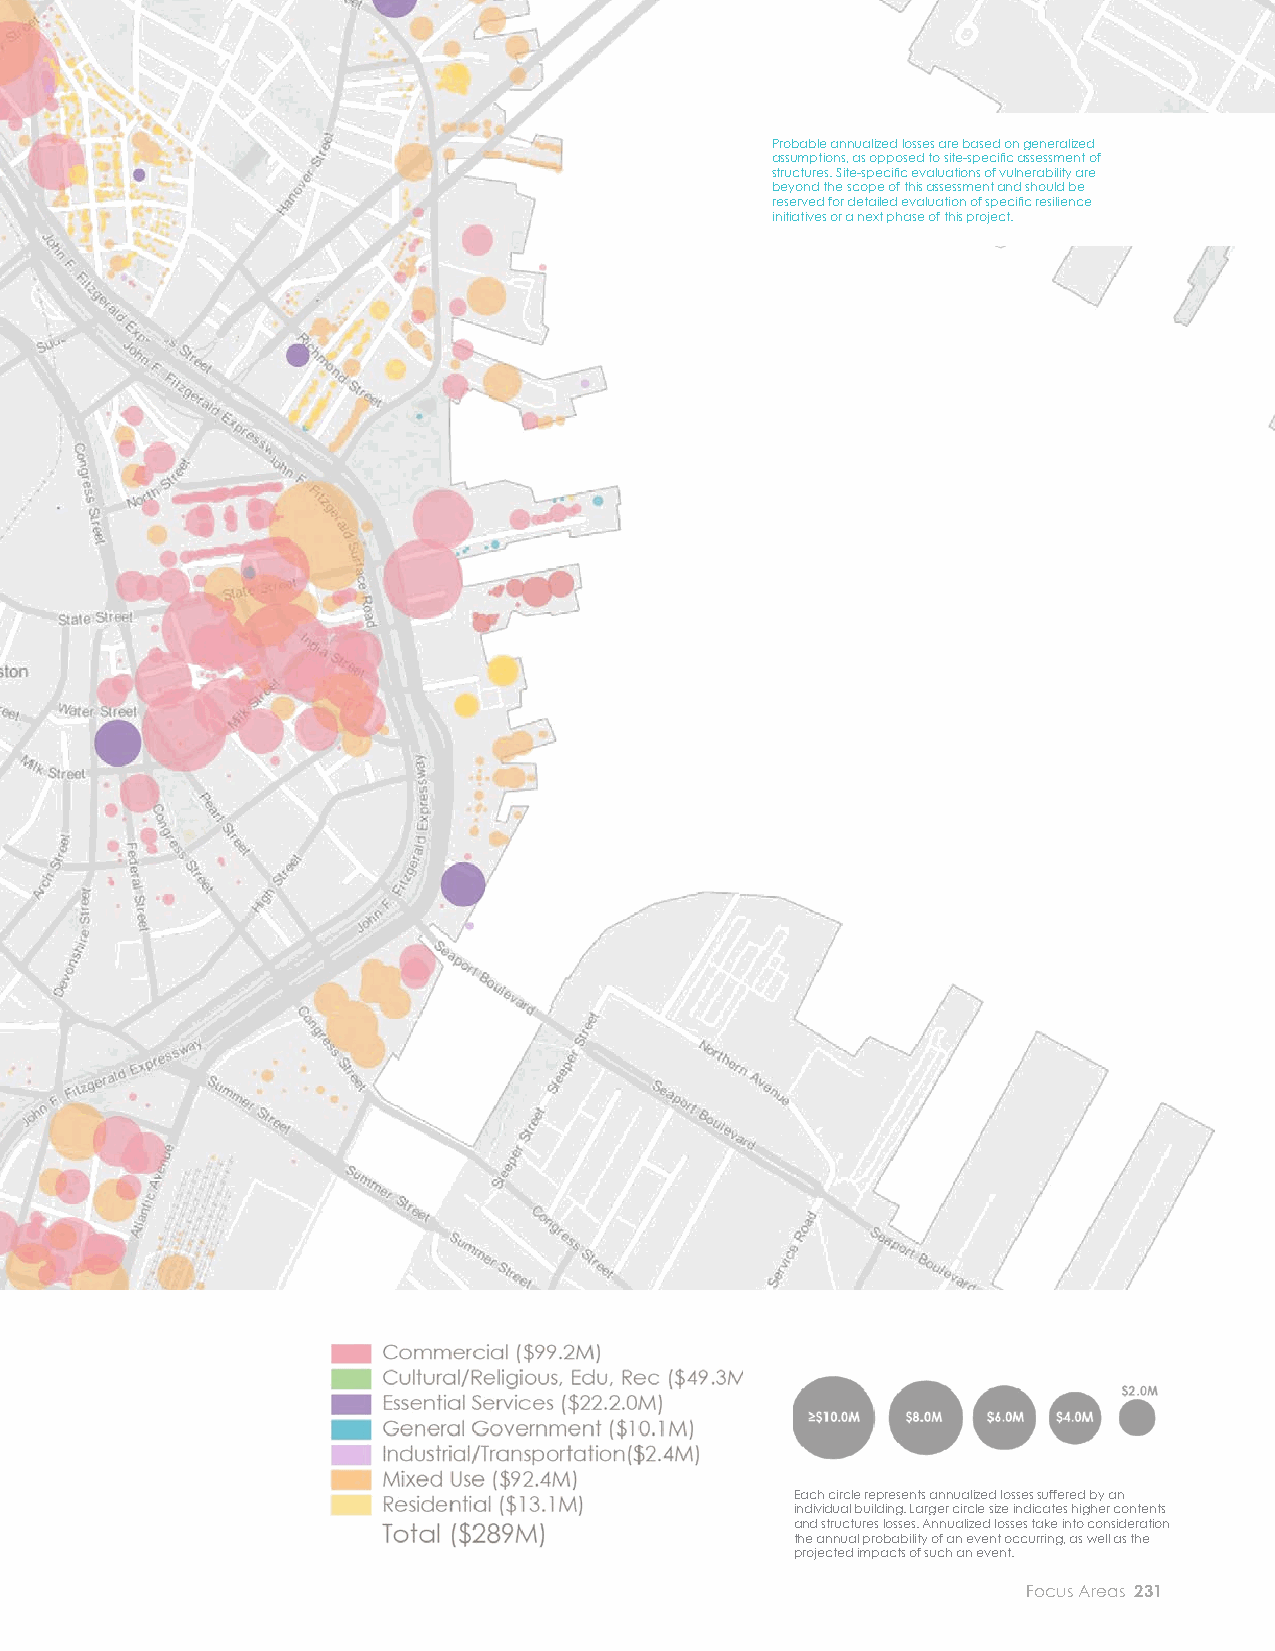
EXPECTED ANNUALIZED LOSSES TO STRUCTURES AND CONTENTS
 36 INCHES OF SEA LEVEL RISE AT 10%, 2%, 1%, 0.1% ANNUAL CHANCE COASTAL FLOOD EVENTS. Probable annualized losses are based on generalized
 assumptions, as opposed to site-specifi c assessment of
 structures. Site-specifi c evaluations of vulnerability are
 beyond the scope of this assessment and should be
 reserved for detailed evaluation of specifi c resilience
 initiatives or a next phase of this project.
 DOWNTOWN ANNUALIZED LOSSES
 36 INCH SEA LEVEL RISE CONDITION
 Each circle represents annualized losses suffered by an
 individual building. Larger circle size indicates higher contents
 and structures losses. Annualized losses take into consideration
 the annual probability of an event occurring, as well as the
 projected impacts of such an event.
 230 City of Boston: Climate Ready Boston                            Focus Areas 231